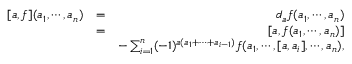
\begin{array} { r l r } { [ a , f ] ( a _ { 1 } , \cdots , a _ { n } ) } & { = } & { d _ { a } f ( a _ { 1 } , \cdots , a _ { n } ) } \\ & { = } & { [ a , f ( a _ { 1 } , \cdots , a _ { n } ) ] } \\ & { } & { - \sum _ { i = 1 } ^ { n } ( - 1 ) ^ { a ( a _ { 1 } + \cdots + a _ { i - 1 } ) } f ( a _ { 1 } , \cdots , [ a , a _ { i } ] , \cdots , a _ { n } ) , } \end{array}